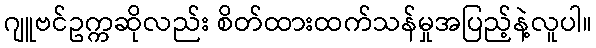
ဂျူဗင်ဥက္ကဆိုလည်း စိတ်ထားထက်သန်မှုအပြည့်နဲ့လူပါ။